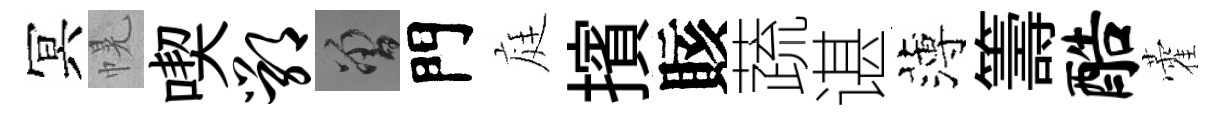
冥幌喫鄂曾門庭擯賅蔬谌薄籌酷藿